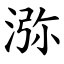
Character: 㳽